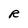
Character: R